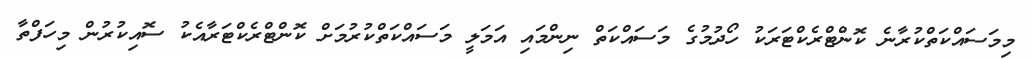
މިމަސައްކަތްކުރާނެ ކޮންޓްރެކްޓަރަކު ހޯދުމުގެ މަސައްކަތް ނިންމައި އަމަލީ މަސައްކަތްކުރުމަށް ކޮންޓްރެކްޓަރާއެކު ސޮއިކުރުން މިހަފްތާ